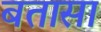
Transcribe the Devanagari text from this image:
बतासा